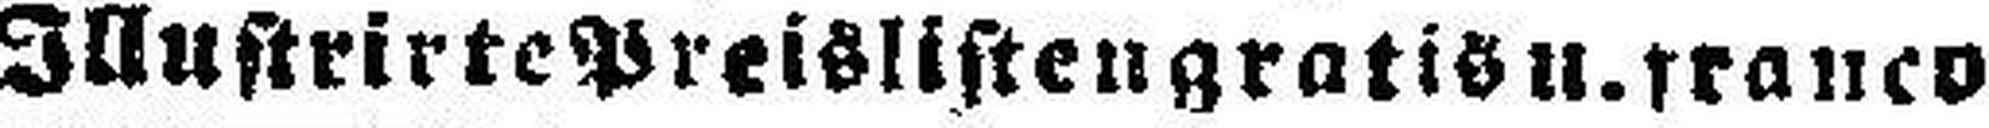
Illustrirte Preisliften gratis u. franco